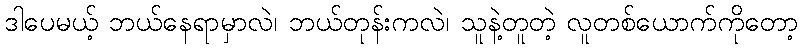
ဒါပေမယ့် ဘယ်နေရာမှာလဲ၊ ဘယ်တုန်းကလဲ၊ သူနဲ့တူတဲ့ လူတစ်ယောက်ကိုတော့